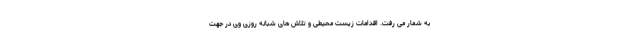
به شمار می رفت. اقدامات زیست محیطی و تلاش های شبانه روزی وی در جهت